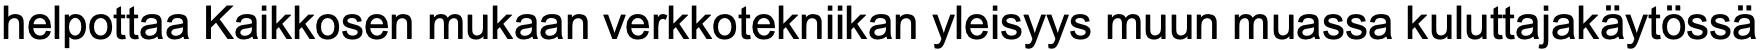
helpottaa Kaikkosen mukaan verkkotekniikan yleisyys muun muassa kuluttajakäytössä